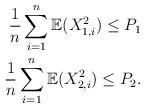
LaTeX: \begin{align*}\frac{1}{n}\sum_{i=1}^n\mathbb{E}(X_{1,i}^2)\leq P_1\\\frac{1}{n}\sum_{i=1}^n\mathbb{E}(X_{2,i}^2)\leq P_2. \end{align*}